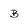
Character: B